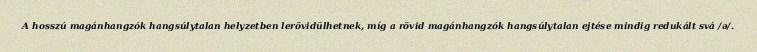
A hosszú magánhangzók hangsúlytalan helyzetben lerövidülhetnek, míg a rövid magánhangzók hangsúlytalan ejtése mindig redukált svá /ə/.